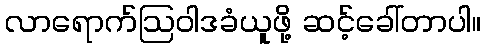
လာရောက်ဩဝါဒခံယူဖို့ ဆင့်ခေါ်တာပါ။